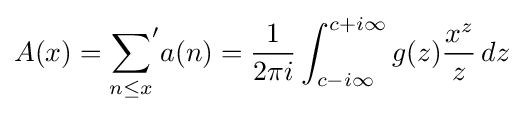
A(x)={\sum _{n\leq x}}'a(n)={\frac {1}{2\pi i}}\int _{c-i\infty }^{c+i\infty }g(z){\frac {x^{z}}{z}}\,dz